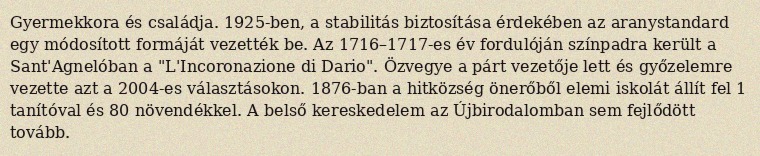
Gyermekkora és családja. 1925-ben, a stabilitás biztosítása érdekében az aranystandard egy módosított formáját vezették be. Az 1716–1717-es év fordulóján színpadra került a Sant'Agnelóban a "L'Incoronazione di Dario". Özvegye a párt vezetője lett és győzelemre vezette azt a 2004-es választásokon. 1876-ban a hitközség önerőből elemi iskolát állít fel 1 tanítóval és 80 növendékkel. A belső kereskedelem az Újbirodalomban sem fejlődött tovább.